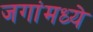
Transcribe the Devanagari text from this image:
जगांमध्ये